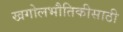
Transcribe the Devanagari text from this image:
खगोलभौतिकीसाठी